Scottish Leaving Certificate Examination, 1961
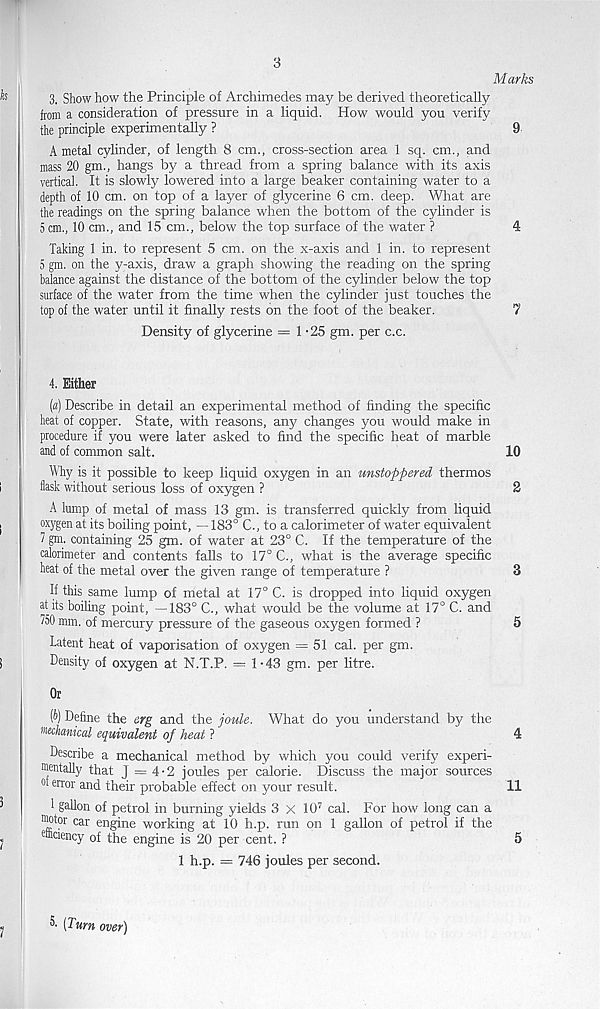
3
Marks
3. Show how the Principle of Archimedes may be derived theoretically
from a consideration of pressure in a liquid. How would you verify
the principle experimentally ?
9
A metal cylinder, of length 8 cm., cross-section area 1 sq. cm., and
mass 20 gm., hangs by a thread from a spring balance with its axis
vertical. It is slowly lowered into a large beaker containing water to a
depth of 10 cm. on top of a layer of glycerine 6 cm. deep. What are
the readings on the spring balance when the bottom of the cylinder is
5 cm., 10 cm., and 15 cm., below the top surface of the water ?
4
Taking 1 in. to represent 5 cm. on the x-axis and 1 in. to represent
5 gm. on the y-axis, draw a graph showing the reading on the spring
balance against the distance of the bottom of the cylinder below the top
surface of the water from the time when the cylinder just touches the
top of the water until it finally rests on the foot of the beaker.
7
Density of glycerine = 1- 25 gm. per c.c.
4. Either
(«) Describe in detail an experimental method of finding the specific
heat of copper. State, with reasons, any changes you would make in
procedure if you were later asked to find the specific heat of marble
and of common salt.
10
Why is it possible to keep liquid oxygen in an unstoppered thermos
flask without serious loss of oxygen ?
2
A lump of metal of mass 13 gm. is transferred quickly from liquid
oxygen at its boiling point, —183° C., to a calorimeter of water equivalent
7 gin. containing 25 gm. of water at 23° C. If the temperature of the
calorimeter and contents falls to 17° C., what is the average specific
heat of the metal over the given range of temperature ?
3
If this same lump of metal at 17° C. is dropped into liquid oxygen
at its boiling point, —183° C., what would be the volume at 17° C. and
/50 mm. of mercury pressure of the gaseous oxygen formed ?
5
Latent heat of vaporisation of oxygen = 51 cal. per gm.
Density of oxygen at N.T.P. = 1-43 gm. per litre.
Or
v) Define the erg and the joule. What do you understand by the
mechanical equivalent of heat ?
4
Describe a mechanical method by which you could verify experi-
rocntally that J = 4-2 joules per calorie. Discuss the major sources
0 error and their probable effect on your result.
11
1 gallon of petrol in burning yields 3 X 10 7 cal. For how long can a
fflotor car engine working at 10 h.p. run on 1 gallon of petrol if the
ctnciency of the engine is 20 per cent. ?
5
1 h.p. — 746 joules per second.
[Turn over)